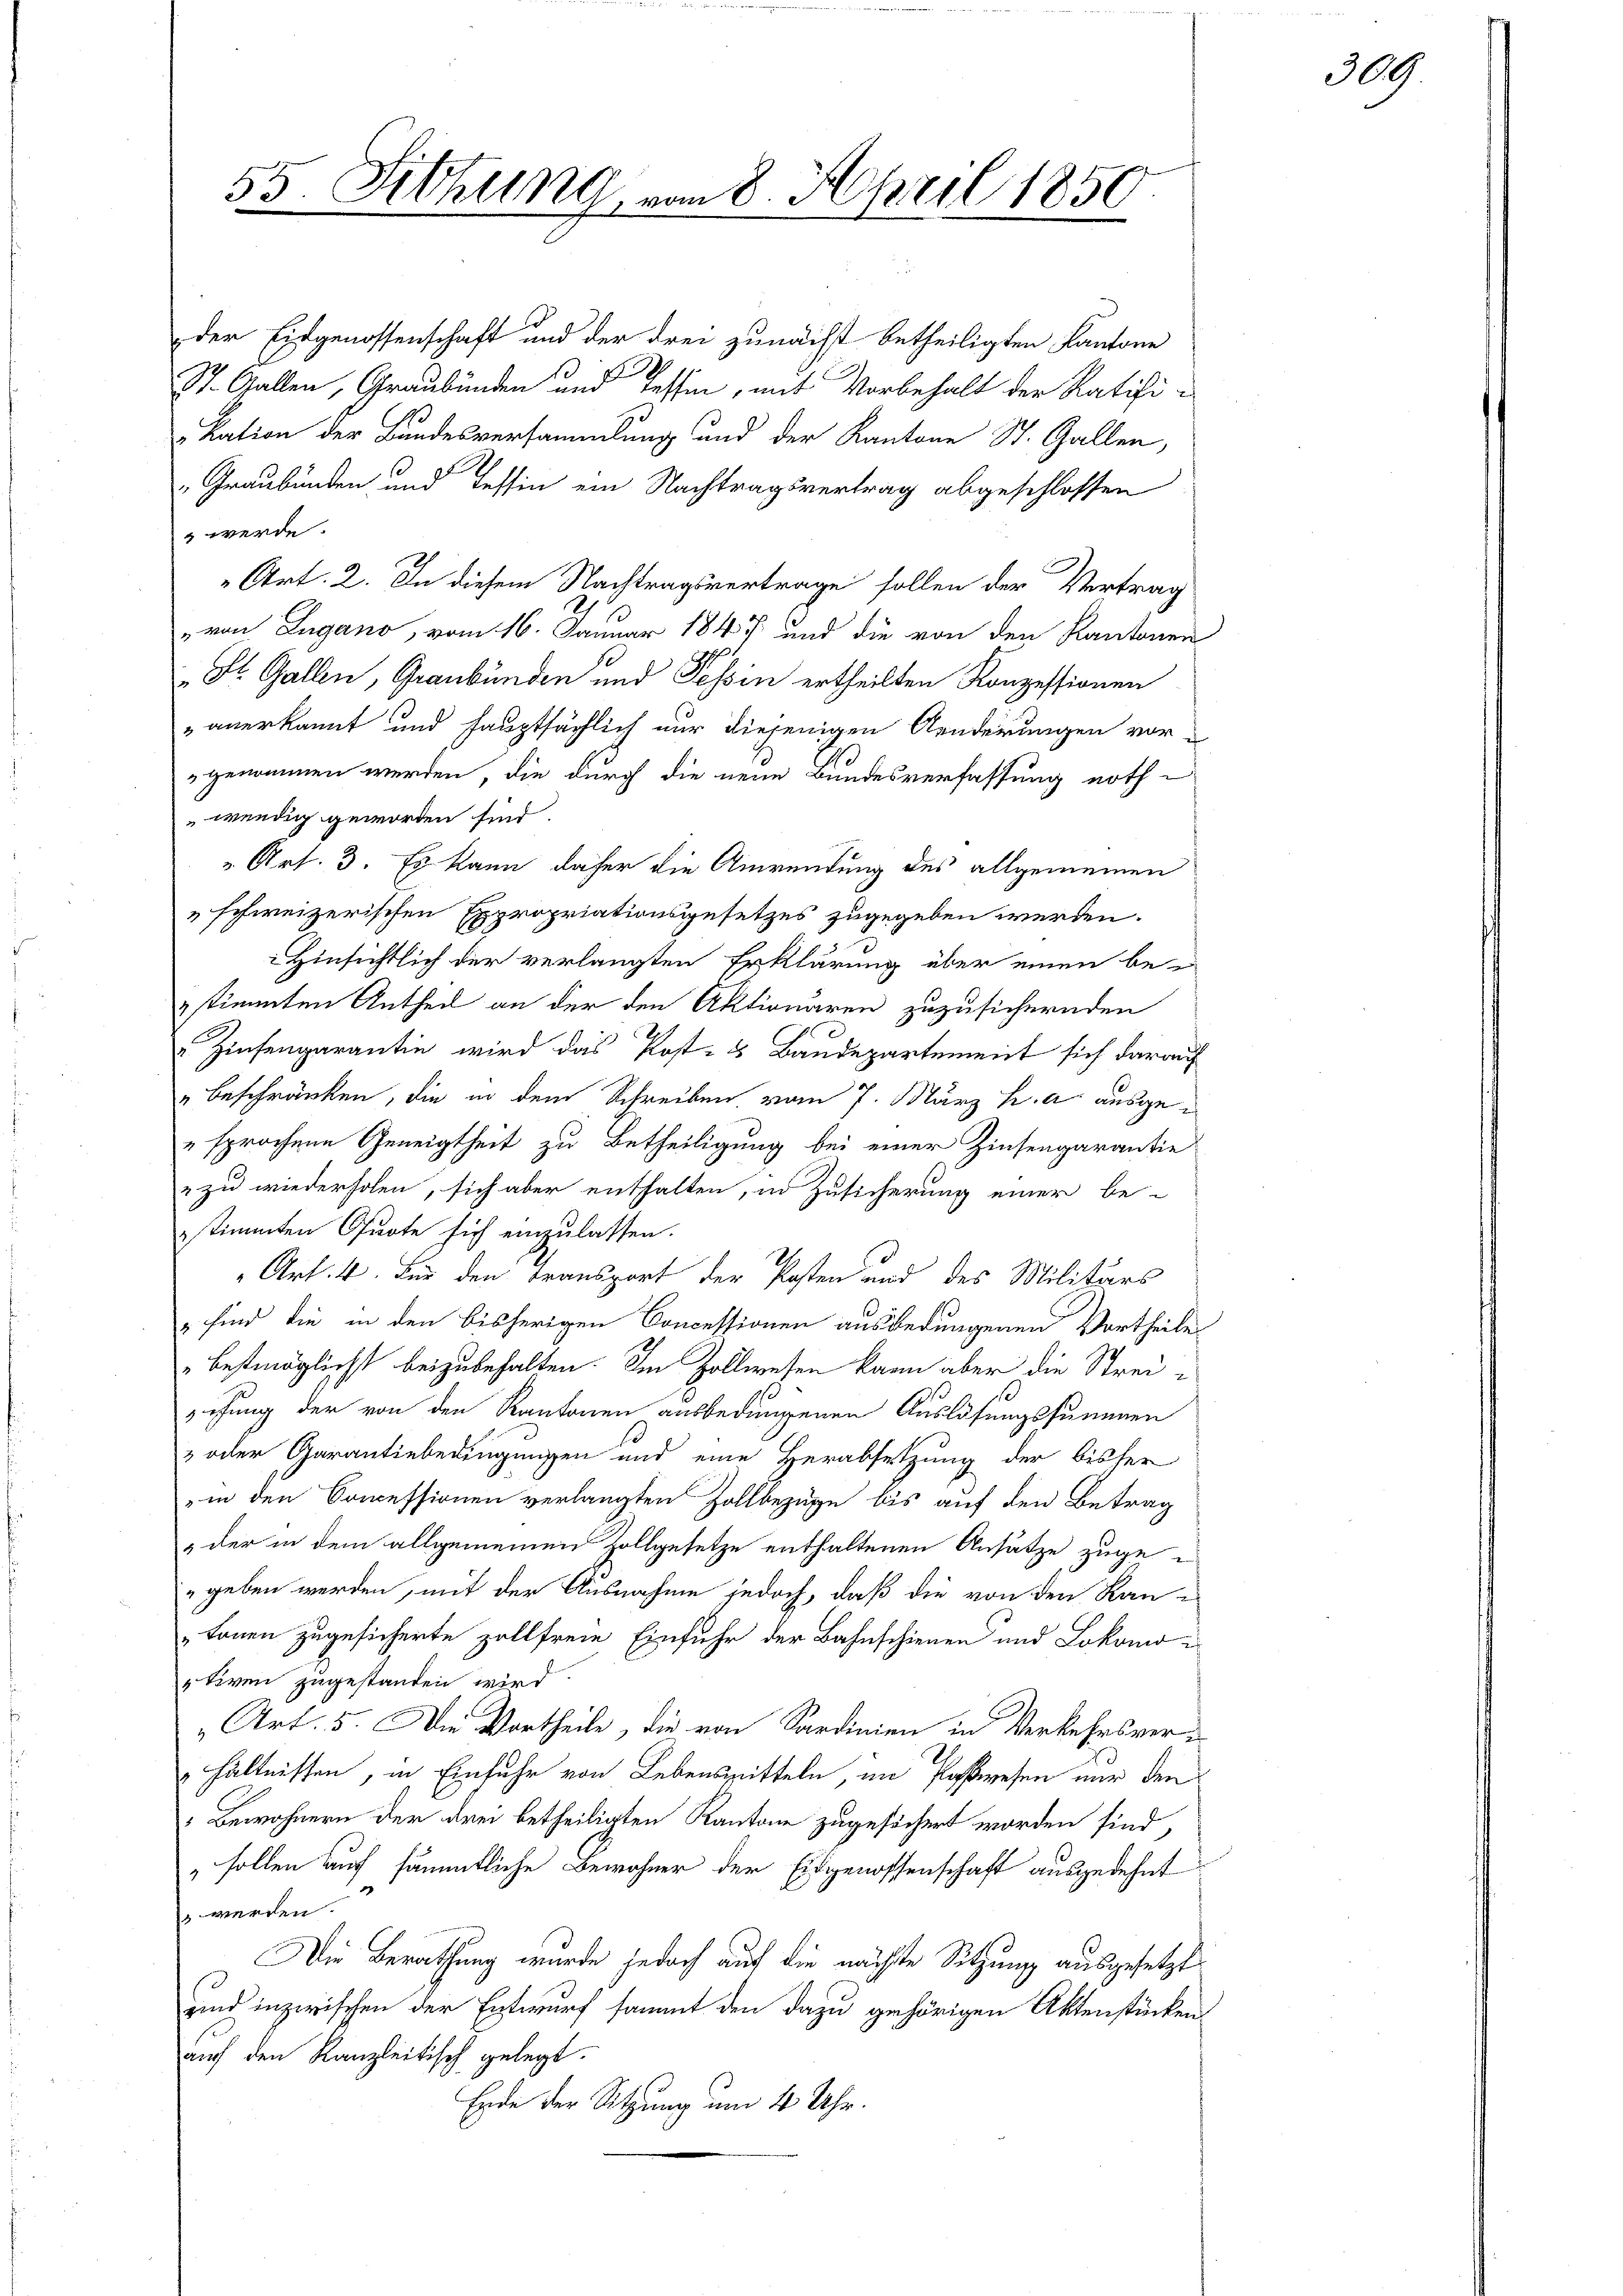
55. Sitzung vom 8. April 1850

wendig geworden sind.

der Eidgenossenschaft und der drei zunächst betheiligten Kantone
St. Gallen, Graubünden und Tessin, mit Vorbehalt der Ratifikation der Bundesversammlung und der Kantone St. Gallen,
Graubünden und Tessin ein Nachtragsvertrag abgeschlossen
 werde.
Art. 2. In diesem Nachtragsvertrage sollen der Vertrag
von Lugano, vom 16. Januar 1847 und die von den Kantonen
St. Gallen, Graubünden und Tessin ertheilten Konzessionen
" anerkannt und hauptsächlich nur diejenigen Aenderungen vor-
genommen werden, die durch die neue Bundesverfassung noth¬
„Art. 3. Es kann daher die Anwendung des allgemeinen
„schweizerischen Expropriationsgesetzes zugegeben werden.
Hinsichtlich der verlangten Erklärung über einen be-
stimmten Antheil an der den Aktionaren zuzusichernden
Zinsengarantin wird das Post- & Baudepartement sich darauf
" beschränken, die in dem Schreiben, vom 7. März h. a. ausge¬
"sprochene Geneigtheit zu Betheiligung bei einer Zinsengarantie
" zu wiederholen, sich aber enthalten, in Zusicherung einer be-
stimmten Quote sich einzulassen.
Art. 4. Für den Transport der Posten und des Militärs
 sind die in den bisherigen Concessionen ausbedungenen Vortheile
bestmöglicht beizubehalten. Im Zollwesen kann aber die Streischung der von den Kantonen ausbedungenen Auslösungssummen
 oder Garantiebedingungen und eine Herabsetzung der bisher
in den Concessionen verlangten Zollbezüge bis auf den Betrag
& der in dem allgemeinen Zollgesetze enthaltenen Ansätze zugegeben werden, mit der Ausnahme jedoch, daß die von den Kan¬
„konen zugesicherte Zollfreie Einfuhr der Bahnschienen und Lokomotiven zugestanden wird
Art. 5. Die Vortheile, die von Sardinien in Verkehrsver-
hältnissen, in Einfuhr von Lebensmitteln, im Postwesen nur den
Bewohnern der drei betheiligten Kantone zugesichert worden sind,
sollen auf sämmtliche Bewohner der Eidgenossenschaft ausgedehnt
 werden.
Die Berathung wurde jedoch auf die nächste Sitzung ausgesetzt
sind inzwischen der Entwurf sammt den dazu gehörigen Aktenstücken
auf den Kanzleitisch gelegt.
Erde der Sitzung um 4 Uhr.

309